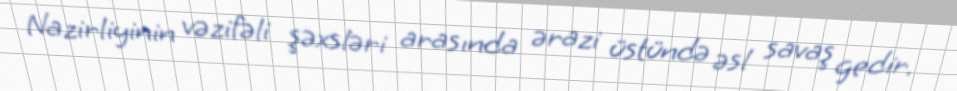
Nazirliyinin vəzifəli şəxsləri arasında ərazi üstündə əsl savaş gedir.